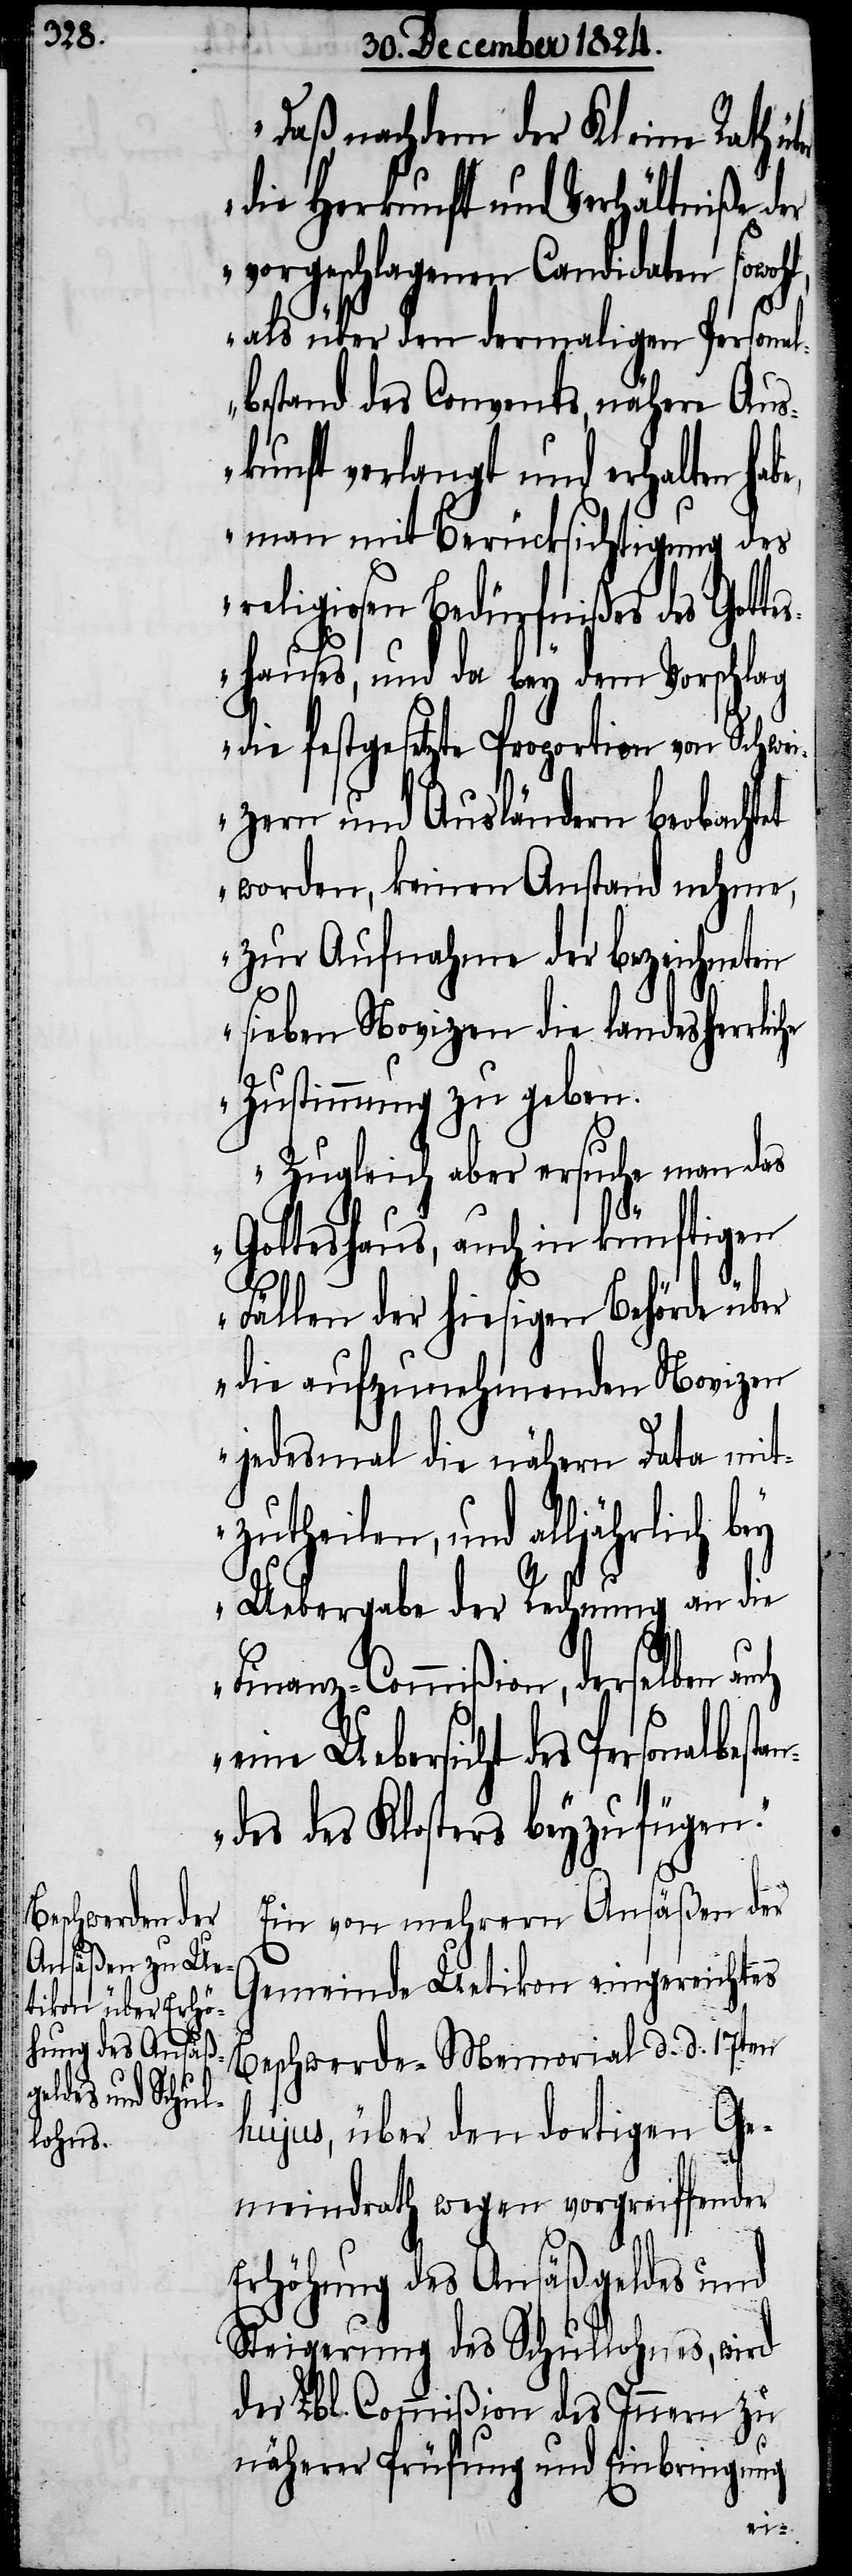
„Daß nachdem der Kleine Rath
die Herkunft und Verhältniße der
vorgeschlagenen Candidaten sowoh¬
als über den dermaligen Personal¬
bestand des Convents, nähere Aus¬
kunft verlangt und erhalten ha¬
man mit Berücksichtigung des
religiosen Bedürfnißes des Gotte¬
shauses, und da bey dem Vorschlag
die festgesetzte Proportion von Schwei¬
zern und Ausländern beobachtet
worden, keinen Anstand nehme,
zur Aufnahme der bezeichneten
sieben Novizen die landesherrliche
Zustimmung zu geben.
Zugleich aber ersuche man das
Gotteshaus, auch in künftigen
Fällen der hiesigen Behörde über
die aufzunehmenden Novizen
jedesmal die nähern Data mit¬
zutheilen, und alljährlich
Uebergabe der Rechnung an die
Finanz-Commißion, derselben
eine Uebersicht des Personalbest¬
des des Klosters beyzufügen.“
Ein von mehrern Ansäßen der
Gemeinde Uetikon eingereichtes
Beschwerde-Memorial d. d. 17ten
hujus, über den dortigen Ge¬
meindrath wegen vorgreiffender
Erhöhung des Ansäßgeldes und
Steigerung des Schullohnes, wird
der Lbl. Commißion des Innern zu
näherer Prüfung und Einbringung
an¬